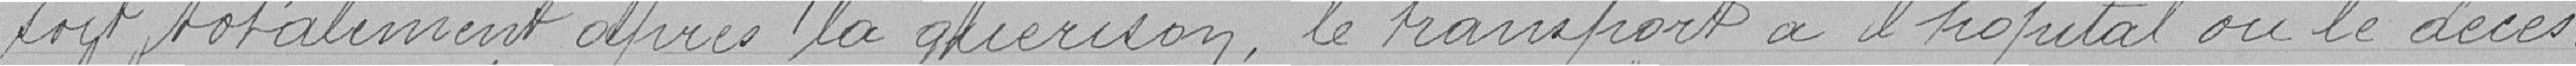
soit totalement après la guérison, le transport à l'hôpital ou le décès.